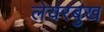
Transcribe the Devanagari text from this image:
लेयरबुख